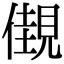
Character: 𧡞